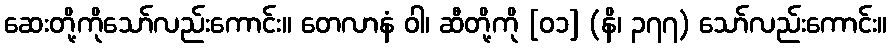
ဆေးတို့ကိုသော်လည်းကောင်း။ တေလာနံ ဝါ၊ ဆီတို့ကို [၀၁] (နိ၊ ၃၇၇) သော်လည်းကောင်း။